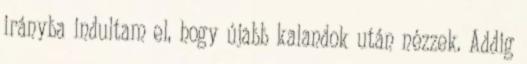
irányba indultam el, hogy újabb kalandok után nézzek. Addig